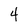
Character: 4